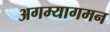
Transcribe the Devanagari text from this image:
अगम्यागमन